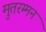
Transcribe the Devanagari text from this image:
मुतरम्मन